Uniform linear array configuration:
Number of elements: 64
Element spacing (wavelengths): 1
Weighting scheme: hamming
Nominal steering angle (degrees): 0
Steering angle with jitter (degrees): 1.594
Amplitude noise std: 0.05
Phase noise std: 0.05

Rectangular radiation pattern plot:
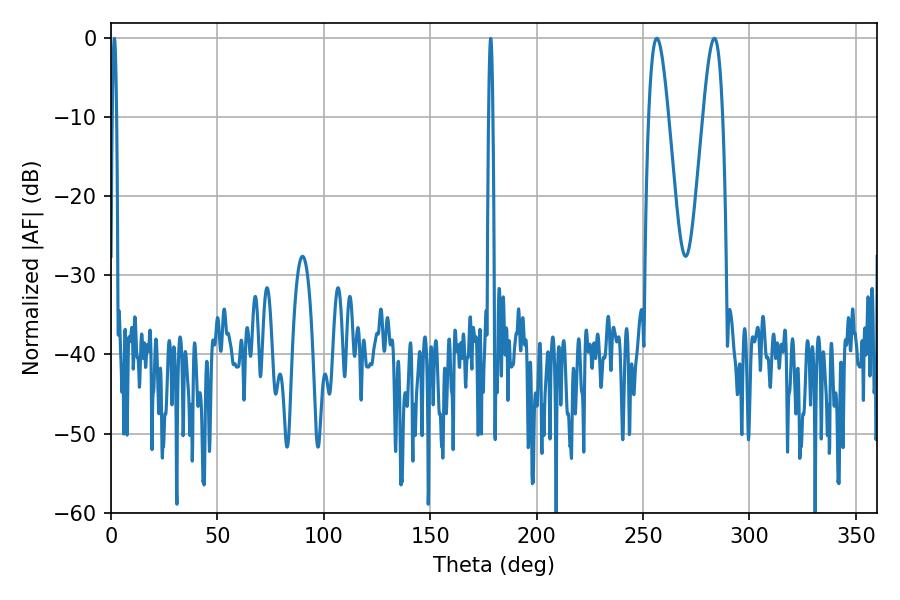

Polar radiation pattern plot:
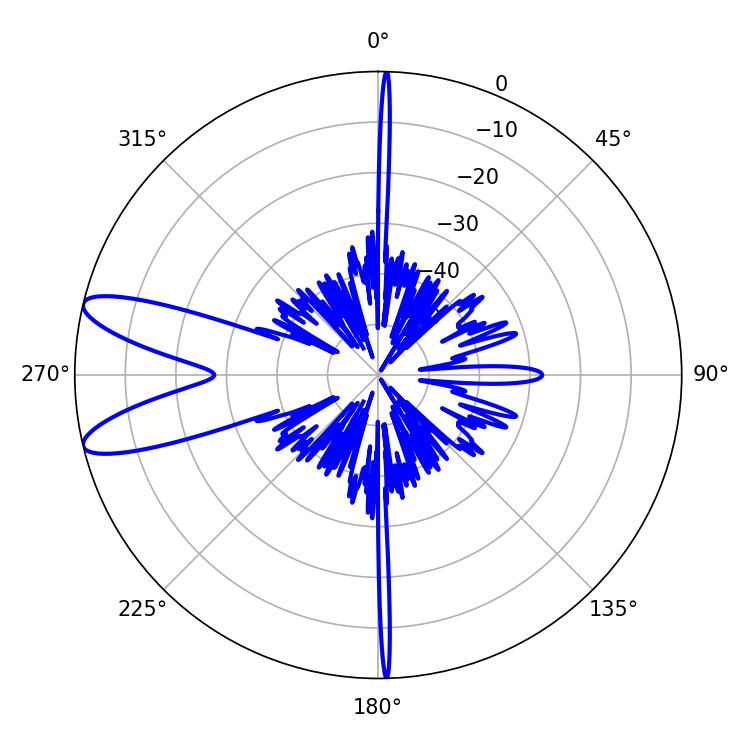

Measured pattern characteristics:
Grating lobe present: TRUE
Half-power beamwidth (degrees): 5.04
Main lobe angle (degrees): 256.5